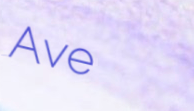
Ave